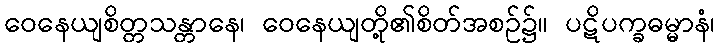
ဝေနေယျစိတ္တသန္တာနေ၊ ဝေနေယျတို့၏စိတ်အစဉ်၌။ ပဋိပက္ခဓမ္မာနံ၊